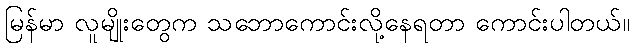
မြန်မာ လူမျိုးတွေက သဘောကောင်းလို့နေရတာ ကောင်းပါတယ်။